[Report on the health of British troops in the Madras command]
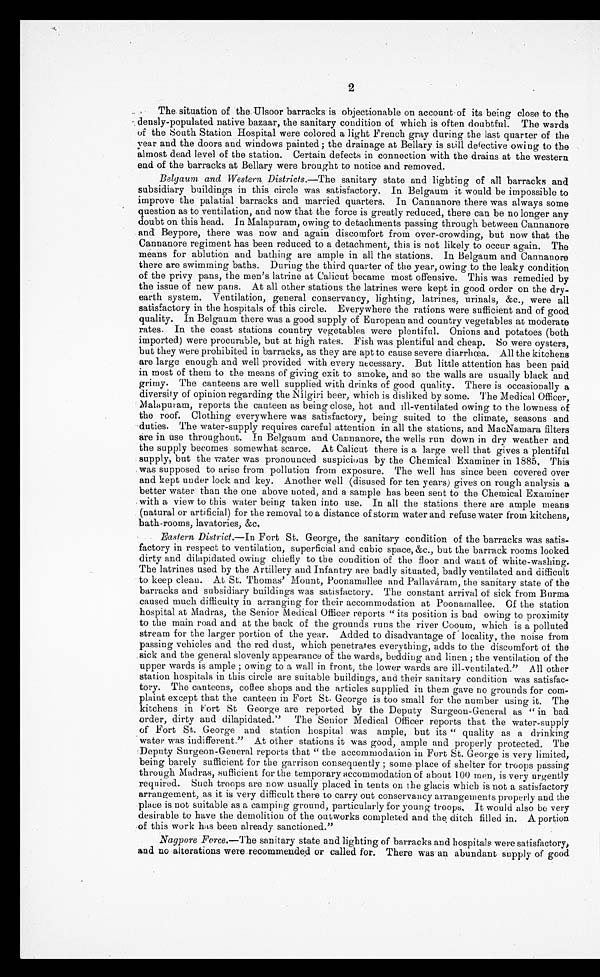
2
The situation of -the Ulsoor barracks is objectionable on account of its being close to the
densly-populated native bazaar, the sanitary condition of which is often doubtful. The wards
of the South Station Hospital were colored a light French gray during the last quarter of the
year and the doors and windows painted; the drainage at Bellary is still defective owing to the
almost dead level of the station. Certain defects in connection with the drains at the western
end of the barracks at Bellary were brought to notice and removed.
Belgaum and Western Districts. —The sanitary state and lighting of all barracks and
subsidiary buildings in this circle was satisfactory. In Belgaum it would be impossible to
improve the palatial barracks and married quarters. In Cannanore there was always some
question as to ventilation, and now that the force is greatly reduced, there can be no longer any
doubt on this head. In Malapuram, owing to detachments passing through between Cannanore
and Beypore, there was now and again discomfort from over-crowding, but now that the
Cannanore regiment has been reduced to a detachment, this is not likely to occur again. The
means for ablution and bathing are ample in all the stations. In Belgaum and Cannanore
there are swimming baths. During the third quarter of the year, owing to the leaky condition
of the privy pans, the men's latrine at Calicut became most offensive. This was remedied by
the issue of new pans. At all other stations the latrines were kept in good order on the dry
-earth system. Ventilation, general conservancy, lighting, latrines, urinals, &c., were all
satisfactory in the hospitals of this circle. Everywhere the rations were sufficient and of good
quality. In Belgaum there was a good supply of European and country vegetables at moderate
rates. In the coast stations country vegetables were plentiful. Onions and potatoes (both
imported) were procurable, but at high rates. Fish was plentiful and cheap. So were oysters,
but they were prohibited in barracks, as they are apt to cause severe diarrhœa. All the kitchens
are large enough and well provided with every necessary. But little attention has been paid
in most of them to the means of giving exit to smoke, and so the walls are usually black and
grimy. The canteens are well supplied with drinks of good quality. There is occasionally a
diversity of opinion regarding the Nílgiri beer, which is disliked by some. The Medical Officer,
Malapuram, reports the canteen as being close, hot and ill-ventilated owing to the lowness of
the roof. Clothing everywhere was satisfactory, being suited to the climate, seasons and
duties. The water-supply requires careful attention in all the stations, and MacNamara filters
are in use throughout. In Belgaum and Cannanore, the wells run down in dry weather and
the supply becomes somewhat scarce. At Calicut there is a large well that gives a plentiful
supply, but the water was pronounced suspicious by the Chemical Examiner in 1885. This
was supposed to arise from pollution from exposure. The well has since been covered over
and kept under lock and key. Another well (disused for ten years) gives on rough analysis a
better water than the one above noted, and a sample has been sent to the Chemical Examiner
with a view to this water being taken into use. In all the stations there are ample means
(natural or artificial) for the removal to a distance of storm water and refuse water from kitchens,
bath-rooms, lavatories, &c.
Eastern District.—In Fort St. George, the sanitary condition of the barracks was satis--
factory in respect to ventilation, superficial and cubic space, &c., but the barrack rooms looked
dirty and dilapidated owing chiefly to the condition of the floor and want of white-washing.
The latrines used by the Artillery and Infantry are badly situated, badly ventilated and difficult
to keep clean. At St. Thomas' Mount, Poonamallee and Pallaváram, the sanitary state of the
barracks and subsidiary buildings was satisfactory. The constant arrival of sick from Burma
caused much difficulty in arranging for their accommodation at Poonamallee. Of the station
hospital at Madras, the Senior Medical Officer reports "its position is bad owing to proximity
to the main road and at the back of the grounds runs the river Cooum, which is a polluted
stream for the larger portion of the year. Added to disadvantage of locality, the noise from
passing vehicles and the red dust, which penetrates everything, adds to the discomfort of the
sick and the general slovenly appearance of the wards, bedding and linen; the ventilation of the
upper wards is ample; owing to a wall in front, the lower wards are ill-ventilated." All other
station hospitals in this circle are suitable buildings, and their sanitary condition was satisfac--
tory. The canteens, coffee shops and the articles supplied in them gave no grounds for com--
plaint except that the canteen in Fort St. George is too small for the number using it. The
kitchens in Fort St George are reported by the Deputy Surgeon-General as "in bad
order, dirty and dilapidated." The Senior Medical Officer reports that the water-supply
of Fort St. George and station hospital was ample, but its "quality as a drinking
water was indifferent." At other stations it was good, ample and properly protected. The
Deputy Surgeon-General reports that "the accommodation in Fort St. George is very limited,
being barely sufficient for the garrison consequently; some place of shelter for troops passing
through Madras, sufficient for the temporary accommodation of about 100 men, is very urgently
required. Such troops are now usually placed in tents on the glacis which is not a satisfactory
arrangement, as it is very difficult there to carry out conservancy arrangements properly and the
place is not suitable as a camping ground, particularly for young troops. It would also be very
desirable to have the demolition of the outworks completed and the ditch filled in. A portion
of this work has been already sanctioned."
Nagpore Force.—The sanitary state and lighting of barracks and hospitals were satisfactory,
and no alterations were recommended or called for. There was an abundant supply of good